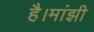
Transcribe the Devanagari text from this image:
है।मांझी